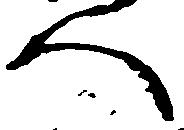
人